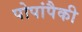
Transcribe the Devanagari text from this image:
पोपांपैकी